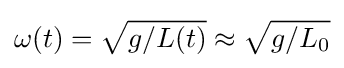
\omega (t)={\sqrt {g/L(t)}}\approx {\sqrt {g/L_{0}}}